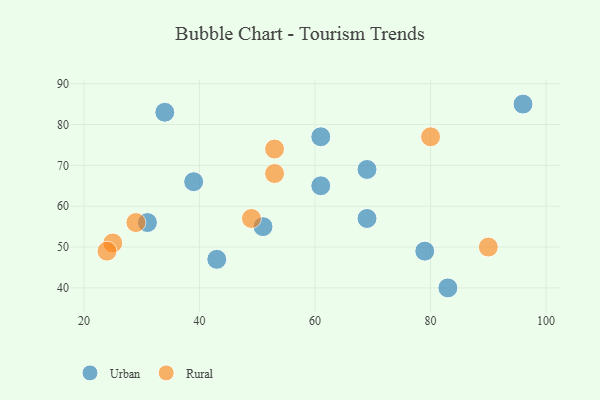
{"axis": {"x": "GDP", "y": "Life Expectancy"}, "legend": ["Rural", "Urban"], "data": [{"x": "69", "y": 69, "type": "Urban"}, {"x": "61", "y": 65, "type": "Urban"}, {"x": "69", "y": 57, "type": "Urban"}, {"x": "96", "y": 85, "type": "Urban"}, {"x": "43", "y": 47, "type": "Urban"}, {"x": "31", "y": 56, "type": "Urban"}, {"x": "34", "y": 83, "type": "Urban"}, {"x": "83", "y": 40, "type": "Urban"}, {"x": "39", "y": 66, "type": "Urban"}, {"x": "51", "y": 55, "type": "Urban"}, {"x": "61", "y": 77, "type": "Urban"}, {"x": "79", "y": 49, "type": "Urban"}, {"x": "29", "y": 56, "type": "Rural"}, {"x": "25", "y": 51, "type": "Rural"}, {"x": "24", "y": 49, "type": "Rural"}, {"x": "49", "y": 57, "type": "Rural"}, {"x": "53", "y": 68, "type": "Rural"}, {"x": "53", "y": 74, "type": "Rural"}, {"x": "80", "y": 77, "type": "Rural"}, {"x": "90", "y": 50, "type": "Rural"}]}